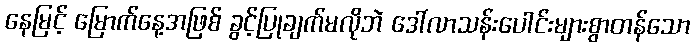
နေမြင့် မြောက်နေ့အဖြစ် ခွင့်ပြုချက်မလိုဘဲ ဒေါ်လာသန်းပေါင်းများစွာတန်သော